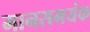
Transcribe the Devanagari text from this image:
मानसमयंक